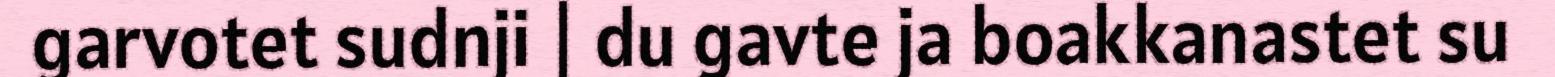
garvotet sudnji | du gavte ja boakkanastet su